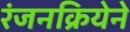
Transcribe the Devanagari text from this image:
रंजनक्रियेने